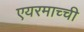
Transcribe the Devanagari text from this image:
एयरमाच्ची